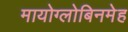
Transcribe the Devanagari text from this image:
मायोग्लोबिनमेह